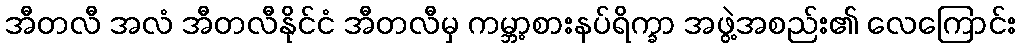
အီတလီ အလံ အီတလီနိုင်ငံ အီတလီမှ ကမ္ဘာ့စားနပ်ရိက္ခာ အဖွဲ့အစည်း၏ လေကြောင်း